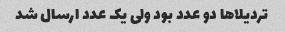
تردیلا‌ها دو عدد بود ولی یک عدد ارسال شد